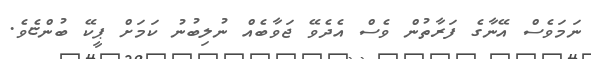
ނަމަވެސް އޭނާގެ ފަރާތުން ވެސް އެދެވޭ ޖަވާބެއް ނުލިބުނު ކަމަށް ޕީކޭ ބުންޏެވެ.